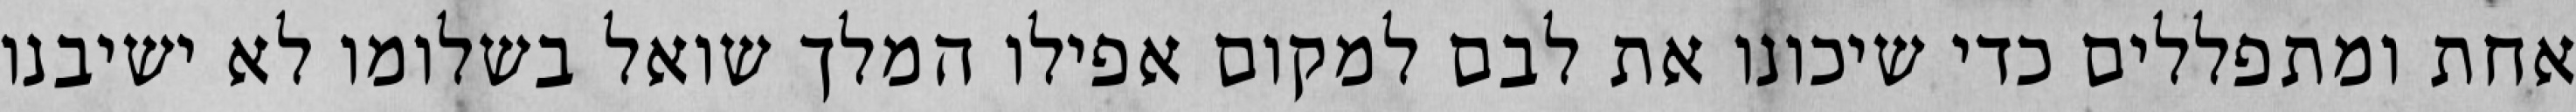
אחת ומתפללים כדי שיכונו את לבם למקום אפילו המלך שואל בשלומו לא ישיבנו